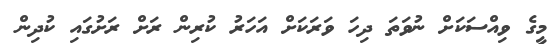
މީގެ ވިއްސަކަށް ނުވަތަ ދިހަ ވަރަކަށް އަހަރު ކުރިން ރަށް ރަށުގައި ކުދިން